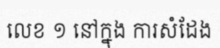
លេខ ១ នៅក្នុង ការសំដែង